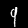
Digit: 9